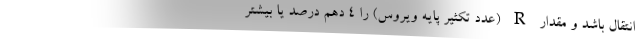
انتقال باشد و مقدار R (عدد تکثیر پایه ویروس) را ٤ دهم درصد یا بیشتر